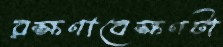
রক্ষণাবেক্ষণটা